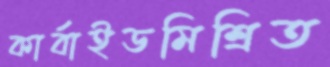
কার্বাইডমিশ্রিত